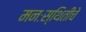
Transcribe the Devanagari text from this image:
मनःस्थितींचे